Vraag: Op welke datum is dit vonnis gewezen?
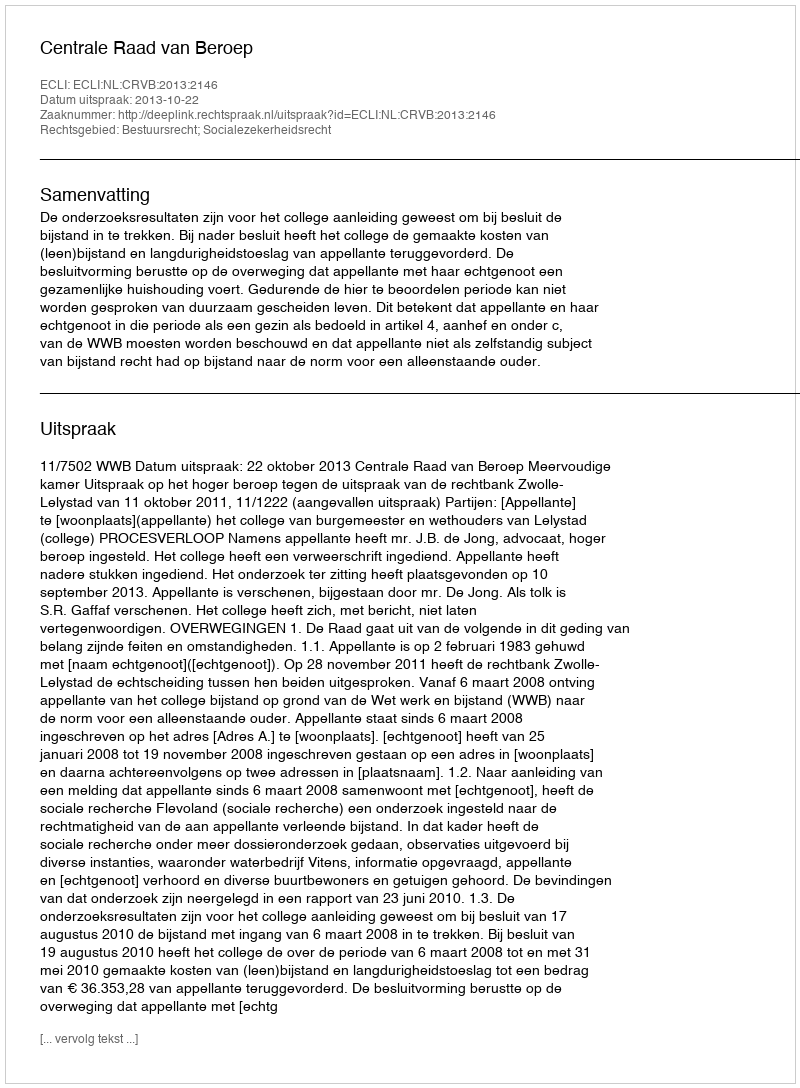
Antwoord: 2013-10-22